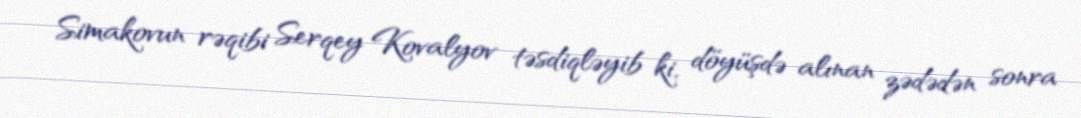
Simakovun rəqibi Serqey Kovalyov təsdiqləyib ki, döyüşdə alınan zədədən sonra